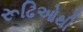
રૂઢિઓથી